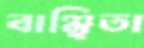
বাঞ্ছিতা